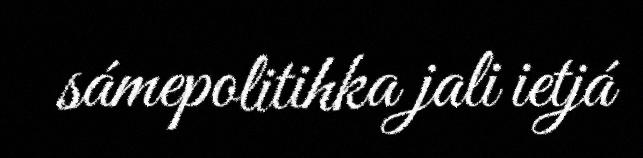
sámepolitihka jali ietjá